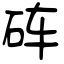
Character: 砗